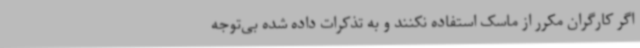
اگر کارگران مکرر از ماسک استفاده نکنند و به تذکرات داده شده بی‌توجه